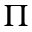
\Pi